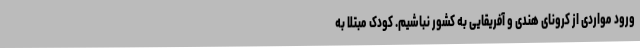
ورود مواردی از کرونای هندی و آفریقایی به کشور نباشیم. کودک مبتلا به